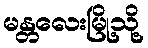
မန္တလေးမြို့သို့